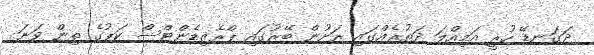
ދަގަނޑޭ ހުރީ އަމިއްލަ ދަތުރެއްގައި ރަށުން ބޭރުގައި ޕްރެޒިޑެންޓްސް ކަޕުގެ ތިން ވަނަ